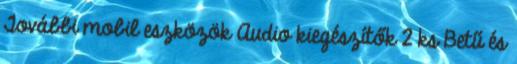
További mobil eszközök Audio kiegészítők 2 ks Betű és